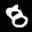
Label: 8